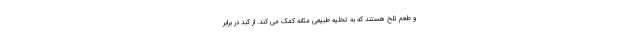
و طعم تلخ هستند که به تخلیه طبیعی مثانه کمک می کند. از کبد در برابر